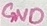
Text: GND